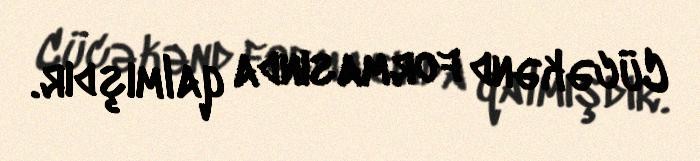
Cücəkənd formasında qalmışdır.